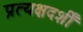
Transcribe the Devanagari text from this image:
प्रत्यक्षदर्शीं